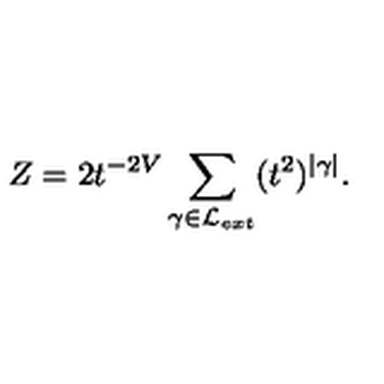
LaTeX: Z = 2 t ^ { - 2 V } \sum _ { \gamma \in { \cal L } _ { e x t } } ( t ^ { 2 } ) ^ { | \gamma | } .